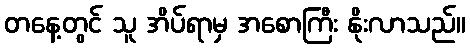
တနေ့တွင် သူ အိပ်ရာမှ အစောကြီး နိုးလာသည်။